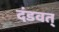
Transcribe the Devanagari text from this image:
दंडवत्‌